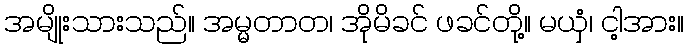
အမျိုးသားသည်။ အမ္မတာတ၊ အိုမိခင် ဖခင်တို့။ မယှံ၊ ငါ့အား။